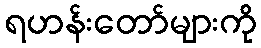
ရဟန်းတော်များကို